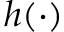
h ( \cdot )